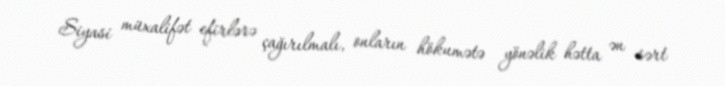
Siyasi müxalifət efirlərə çağırılmalı, onların hökumətə yönəlik hətta ən sərt